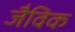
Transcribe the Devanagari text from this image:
जैविक